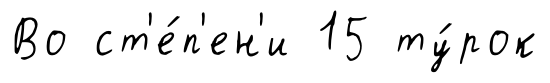
Во ст'е́п'ен'и 15 ту́рок